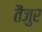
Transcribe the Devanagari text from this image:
तैंजुर